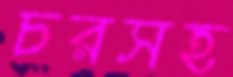
চরসহ